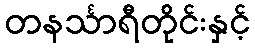
တနင်္သာရီတိုင်းနှင့်